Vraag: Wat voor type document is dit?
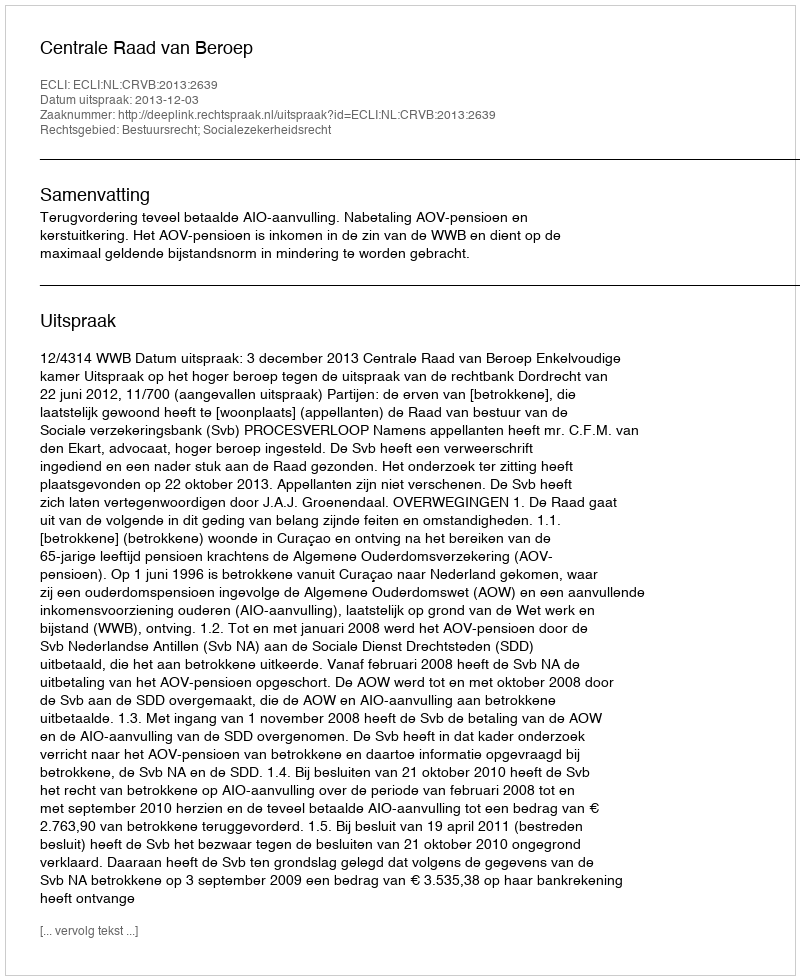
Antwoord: Uitspraak